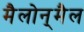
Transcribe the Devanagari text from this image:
मैलोन्‌मैल